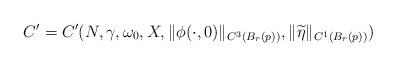
LaTeX: \begin{align*}C'=C'(N, \gamma, \omega_0, X, \| \phi (\cdot,0) \|_{C^3(B_r(p))}, \| \widetilde{\eta} \|_{C^1(B_r(p))})\end{align*}